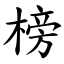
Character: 榜